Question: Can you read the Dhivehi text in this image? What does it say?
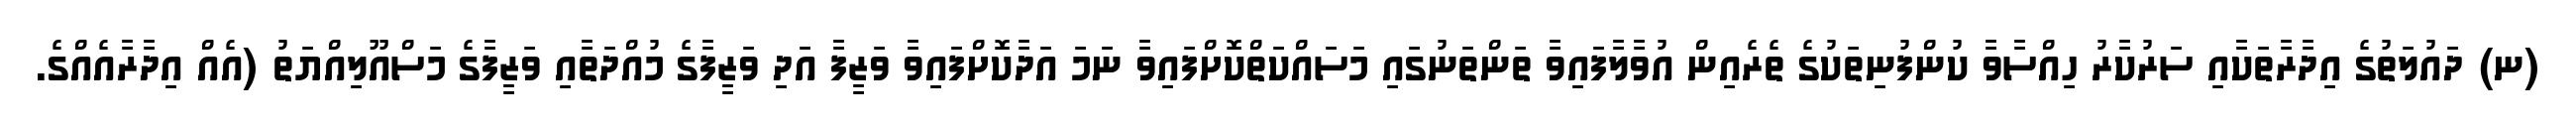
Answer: (ނ) ދައުލަތުގެ އިދާރާތަކާއި ސަރުކާރު ހިއްސާވާ ކުންފުނިތަކުގެ ތެރެއިން އުވާލާފައިވާ ތަންތަނުގައި މަސައްކަތްކޮށްފައިވާ ނަމަ އަދާކޮށްފައިވާ ވަޒީފާ އަދި ވަޒީފާގެ މުއްދަތާއި ވަޒީފާގެ މަސްއޫލިއްޔަތު (އެއް އިދާރާއެއްގެ.